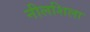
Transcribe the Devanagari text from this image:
नीलशिला